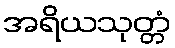
အရိယသုတ္တံ